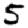
Digit: 5